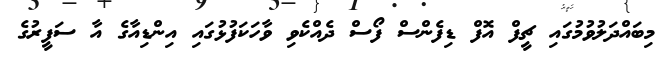
މިބައްދަލުވުމުގައި ޗީފް އޮފް ޑިފެންސް ފޯސް ދެއްކެވި ވާހަކަފުޅުގައި އިންޑިއާގެ އާ ސަފީރުގެ